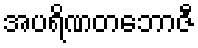
အပရိဏတဘောဇီ